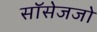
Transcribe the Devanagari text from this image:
सॉसेजजो